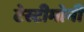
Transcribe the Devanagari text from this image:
टेस्टीमोनी